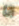
انا